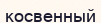
косвенный